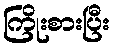
ကြိုးစားပြီး